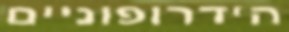
הידרופוניים